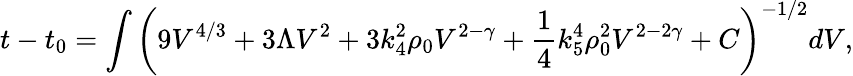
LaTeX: t-t_{0}=\int\left(9V^{4/3}+3\Lambda V^{2}+3k_{4}^{2}\rho_{0}V^{2-\gamma}+\frac 14k_{5}^{4}\rho_{0}^{2}V^{2-2\gamma}+C\right)^{-1/2}dV,